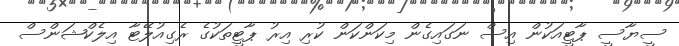
ސީޔާސީ ޕާޓީއަކުން އިސް ނަގައިގެން މިކަންކަން ކުރި އިރު ޕާޓީތަކުގެ ރެގިއުލޭޓާ އިލެކްޝަންސް